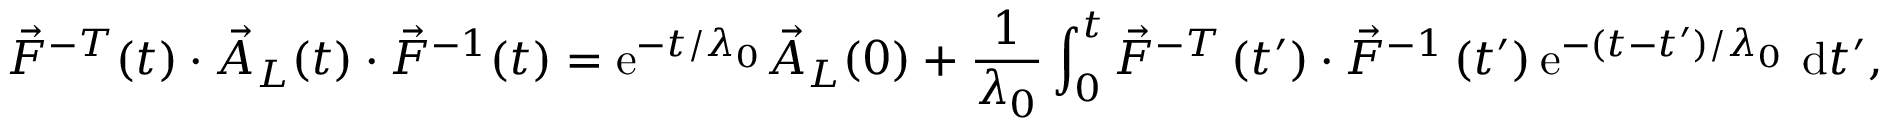
\vec { F } ^ { - T } ( t ) \cdot \vec { A } _ { L } ( t ) \cdot \vec { F } ^ { - 1 } ( t ) = \mathrm { e } ^ { - t / \lambda _ { 0 } } \vec { A } _ { L } ( 0 ) + \frac { 1 } { \lambda _ { 0 } } \int _ { 0 } ^ { t } \vec { F } ^ { - T } \left( t ^ { \prime } \right) \cdot \vec { F } ^ { - 1 } \left( t ^ { \prime } \right) \mathrm { e } ^ { - ( t - t ^ { \prime } ) / \lambda _ { 0 } } ~ \mathrm { d } t ^ { \prime } ,